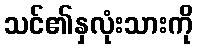
သင်၏နှလုံးသားကို